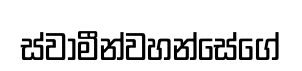
ස්වාමීන්වහන්සේගේ